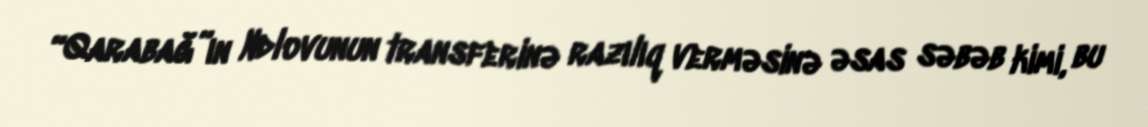
“Qarabağ”ın Ndlovunun transferinə razılıq verməsinə əsas səbəb kimi, bu